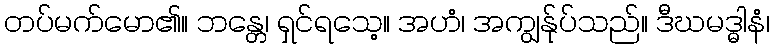
တပ်မက်မော၏။ ဘန္တေ၊ ရှင်ရသေ့။ အဟံ၊ အကျွန်ုပ်သည်။ ဒီဃမဒ္ဓါနံ၊